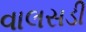
વાલસડી